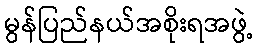
မွန်ပြည်နယ်အစိုးရအဖွဲ့